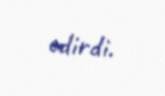
edirdi.